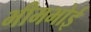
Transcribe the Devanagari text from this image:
भीमभोई